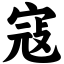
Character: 寇